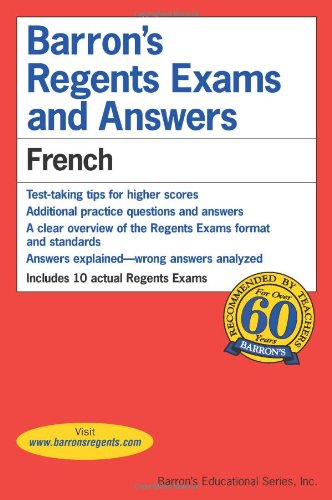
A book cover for French (Barron's Regents Exams and Answers); Christopher Kendris Ph.D.; Test Preparation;